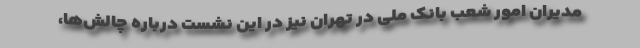
مدیران امور شعب بانک ملی در تهران نیز در این نشست درباره چالش‌ها،